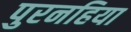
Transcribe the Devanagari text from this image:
पुरनहिया